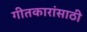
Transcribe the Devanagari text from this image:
गीतकारांसाठी